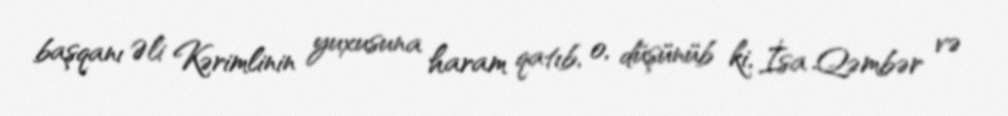
başqanı Əli Kərimlinin yuxusuna haram qatıb, o, düşünüb ki, İsa Qəmbər və